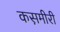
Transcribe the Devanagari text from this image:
कस़मीरी